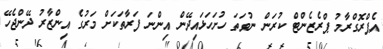
އެޕްރޮގްރާމު ޕްރެޒެންޓް ކުރަން ނުވަތަ ހުށަހަޅައިދޭން އިންނަ ފަރާތަކަށް މަރުގެ އިންޒާރު ދޭންޖެހޭ